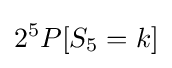
2^{5}P[S_{5}=k]